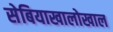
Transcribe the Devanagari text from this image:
सेबियाखालोखाल